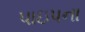
પાઇપના